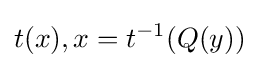
t(x),x=t^{-1}(Q(y))